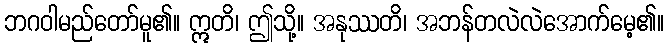
ဘဂဝါမည်တော်မူ၏။ ဣတိ၊ ဤသို့။ အနုဿတိ၊ အဘန်တလဲလဲအောက်မေ့၏။